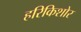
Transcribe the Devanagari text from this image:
हरिकिशोर